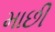
માછી